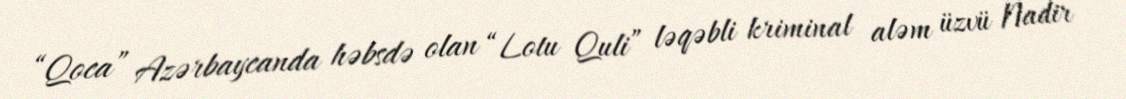
“Qoca” Azərbaycanda həbsdə olan “Lotu Quli” ləqəbli kriminal aləm üzvü Nadir